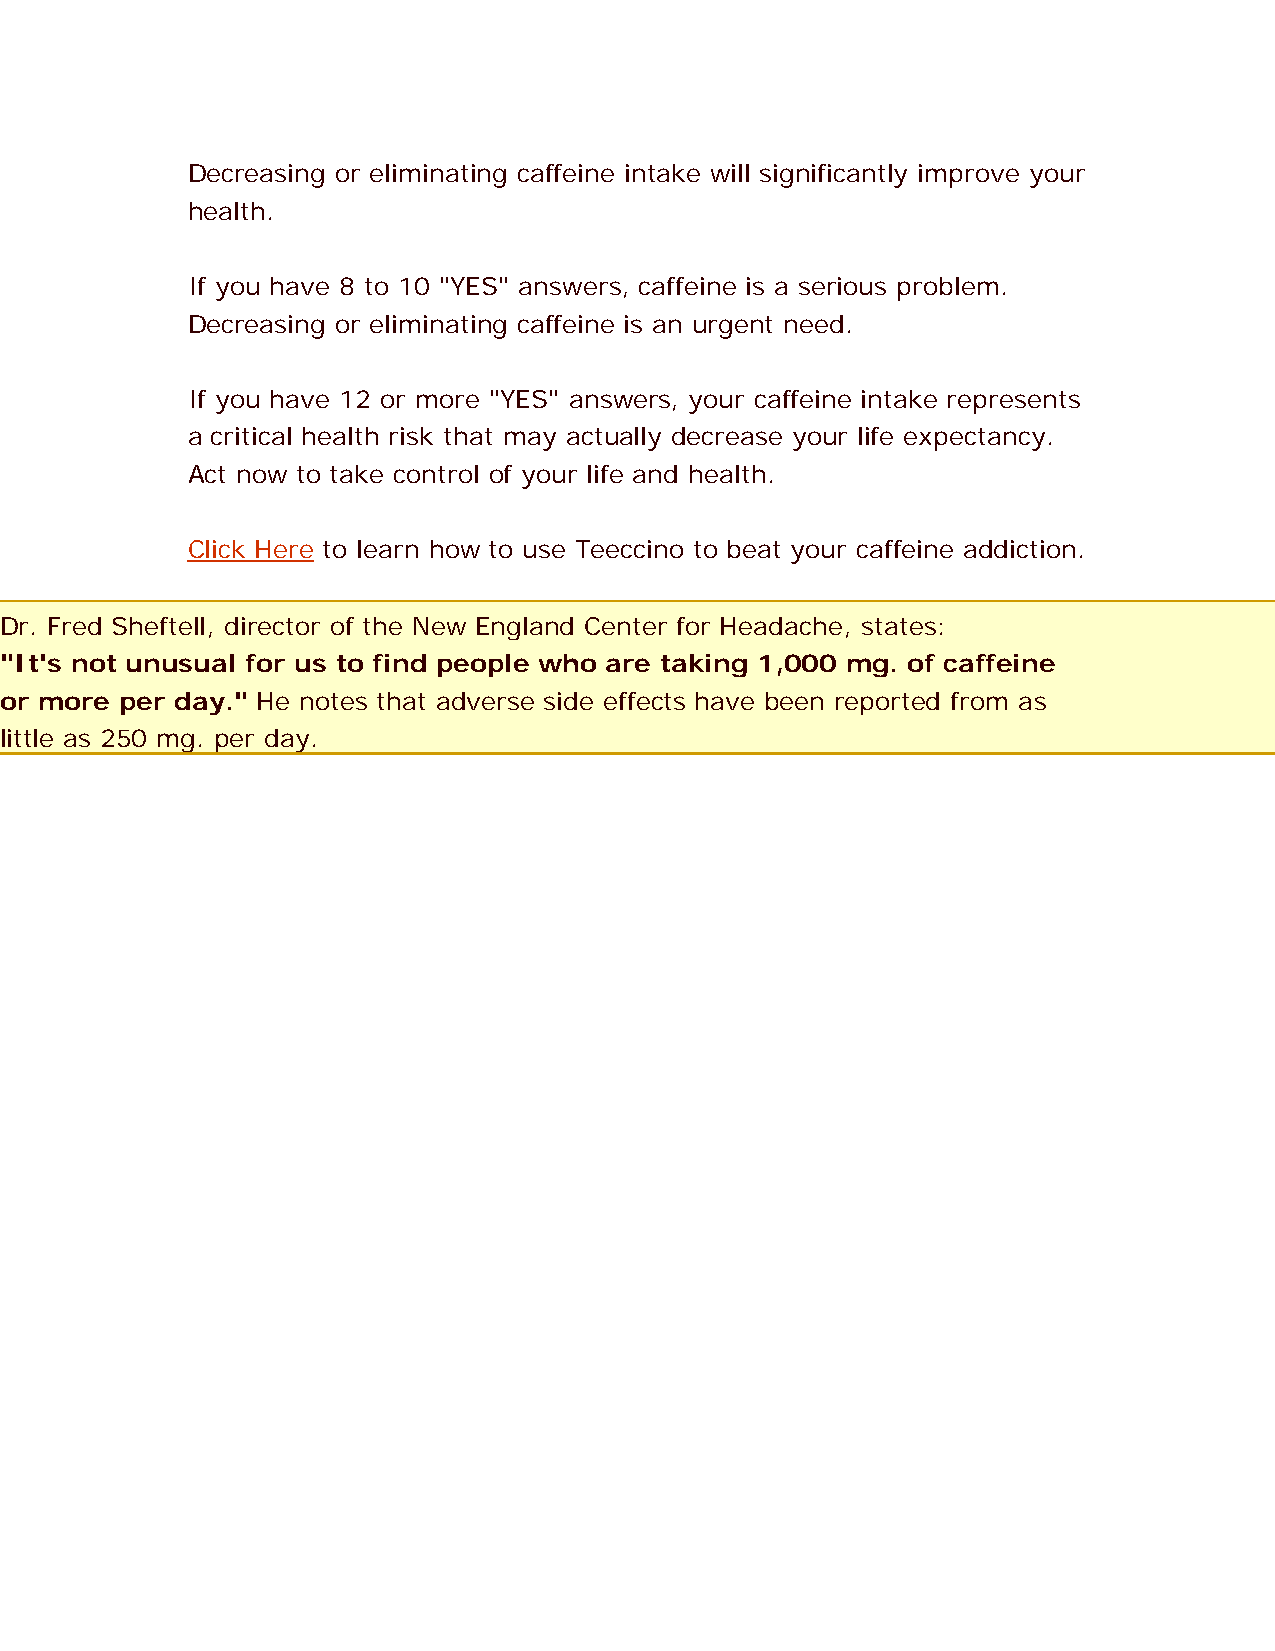
Decreasing or eliminating caffeine intake will significantly improve your
 health.
 If you have 8 to 10 "YES" answers, caffeine is a serious problem.
 Decreasing or eliminating caffeine is an urgent need.
 If you have 12 or more "YES" answers, your caffeine intake represents
 a critical health risk that may actually decrease your life expectancy.
 Act now to take control of your life and health.
 Click Here to learn how to use Teeccino to beat your caffeine addiction.
 Dr. Fred Sheftell, director of the New England Center for Headache, states:
 "It's not unusual for us to find people who are taking 1,000 mg. of caffeine
 or more per day." He notes that adverse side effects have been reported from as
 little as 250 mg. per day.